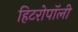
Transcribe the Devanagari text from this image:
हिटरोपॉली